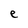
Character: e